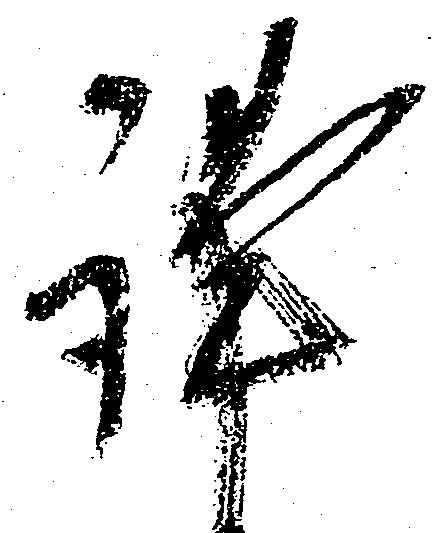
謹